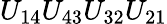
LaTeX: U_{14}U_{43}U_{32}U_{21}